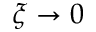
\xi \rightarrow 0